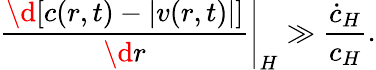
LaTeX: {\left.{\frac{\d[c(r,t)-|v(r,t)|]}{\d r}}\right|_{H}\gg{\frac{\dot{c}_{H}}{c_{H}}}}.